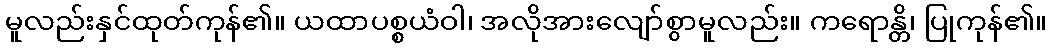
မူလည်းနှင်ထုတ်ကုန်၏။ ယထာပစ္စယံဝါ၊ အလိုအားလျော်စွာမူလည်း။ ကရောန္တိ၊ ပြုကုန်၏။